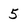
Character: 5